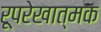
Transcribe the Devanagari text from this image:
रूपरेखात्मक